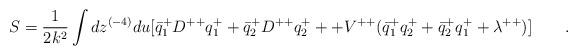
LaTeX: \begin{align*}S={1\over {2k^2}}\int dz^{(-4)}du[\bar{q}_1^+D^{++}q_{1}^++\bar{q}_2^+D^{++}q_{2}^+++V^{++}(\bar{q}_1^+q_2^++\bar{q}_2^+q_1^++\lambda^{++})]\qquad.\end{align*}